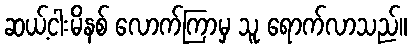
ဆယ့်ငါးမိနစ် လောက်ကြာမှ သူ ရောက်လာသည်။